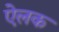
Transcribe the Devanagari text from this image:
ऐलक